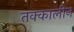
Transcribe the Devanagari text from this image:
तक्कालीन